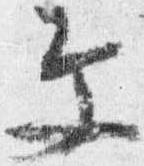
文